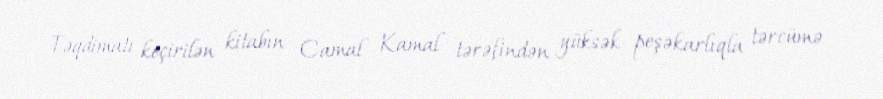
Təqdimatı keçirilən kitabın Camal Kamal tərəfindən yüksək peşəkarlıqla tərcümə